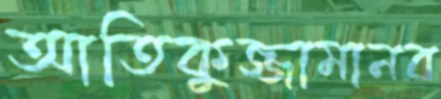
আতিকুজ্জামানব